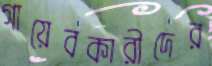
গায়েবকারীদের